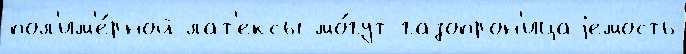
пол'им'е́рной лат'ексы мо́гут газопрон'ицаjемость